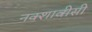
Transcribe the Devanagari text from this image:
नक्शावीसी